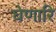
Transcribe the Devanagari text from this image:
घेणारि